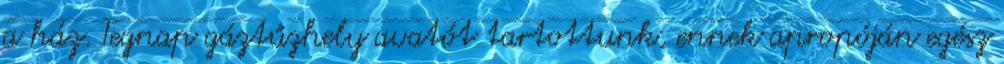
a ház. Tegnap gáztűzhely avatót tartottunk, ennek apropóján egész